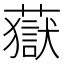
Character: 𧀀